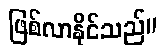
ဖြစ်လာနိုင်သည်။